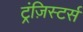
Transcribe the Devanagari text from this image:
ट्रंज़िस्टर्स